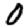
Digit: 0